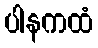
ပါနကထံ